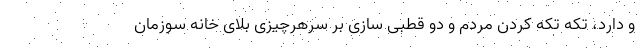
و دارد، تکه تکه کردن مردم و دو قطبی سازی بر سرهرچیزی بلای خانه سوزمان